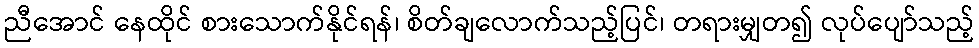
ညီအောင် နေထိုင် စားသောက်နိုင်ရန်၊ စိတ်ချလောက်သည့်ပြင်၊ တရားမျှတ၍ လုပ်ပျော်သည့်